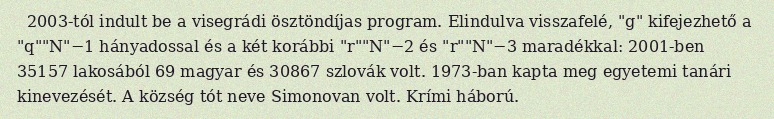
2003-tól indult be a visegrádi ösztöndíjas program. Elindulva visszafelé, "g" kifejezhető a "q""N"−1 hányadossal és a két korábbi "r""N"−2 és "r""N"−3 maradékkal: 2001-ben 35157 lakosából 69 magyar és 30867 szlovák volt. 1973-ban kapta meg egyetemi tanári kinevezését. A község tót neve Simonovan volt. Krími háború.